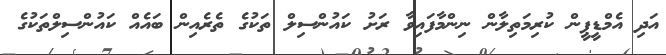
އަދި އެމްޑީޕީން ކުރިމަތިލާން ނިންމާފައިވާ ރަށު ކައުންސިލް ތަކުގެ ތެރެއިން ބައެއް ކައުންސިލްތަކުގެ